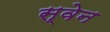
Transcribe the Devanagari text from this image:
स्‍वेन